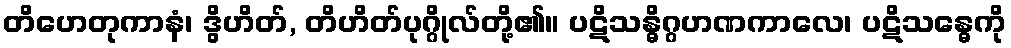
တိဟေတုကာနံ၊ ဒွိဟိတ်, တိဟိတ်ပုဂ္ဂိုလ်တို့၏။ ပဋိသန္ဓိဂ္ဂဟဏကာလေ၊ ပဋိသန္ဓေကို